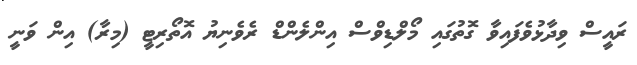
ރައީސް ވިދާޅުވެފައިވާ ގޮތުގައި މޯލްޑިވްސް އިންލެންޑް ރެވެނިޔު އޮތޯރިޓީ (މިރާ) އިން ވަނީ